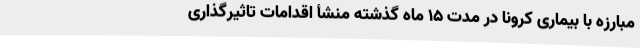
مبارزه با بیماری کرونا در مدت ۱۵ ماه گذشته منشأ اقدامات تاثیرگذاری